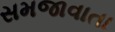
સમજાવાતા